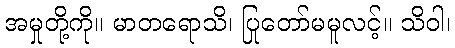
အမှုတို့ကို။ မာတရောသိ၊ ပြုတော်မမူလင့်။ သိဝါ၊